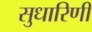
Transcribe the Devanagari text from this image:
सुधारिणी